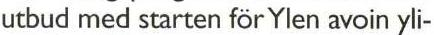
utbud med starten för Ylen avoin yli-